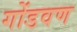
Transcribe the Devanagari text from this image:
गोंडवण